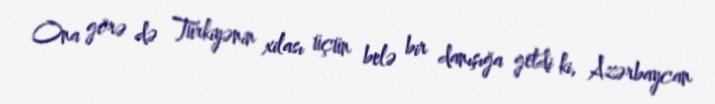
Ona görə də Türkiyənin xilası üçün belə bir danışığa getdi ki, Azərbaycan